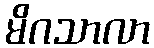
မိဂသာလာ